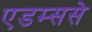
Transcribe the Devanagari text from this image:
एडम्ससे